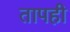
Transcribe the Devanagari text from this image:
तापही